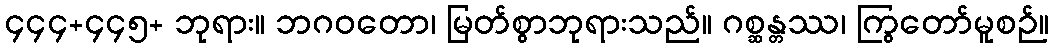
၄၄၄+၄၄၅+ ဘုရား။ ဘဂဝတော၊ မြတ်စွာဘုရားသည်။ ဂစ္ဆန္တဿ၊ ကြွတော်မူစဉ်။